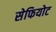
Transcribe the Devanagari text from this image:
सेफियोट